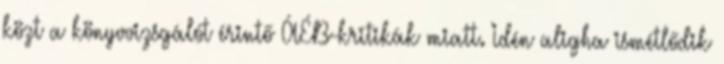
közt a könyvvizsgálót érintő ÁÉB-kritikák miatt. Idén aligha ismétlődik